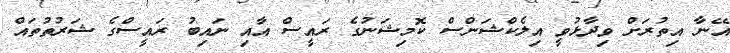
އޭނާ އިތުރަށް ވިދާޅުވީ އިލެކްޝަންސް ކޮމިޝަނުގެ ރައީސް އާއި ނައިބު ރައީސްގެ ޝަރުތުތައް